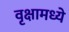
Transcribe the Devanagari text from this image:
वृक्षामध्ये